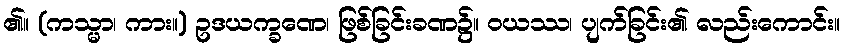
၏။ (ကသ္မာ၊ ကား။) ဥဒယက္ခဏေ၊ ဖြစ်ခြင်းခဏ၌။ ဝယဿ၊ ပျက်ခြင်း၏ လည်းကောင်း။